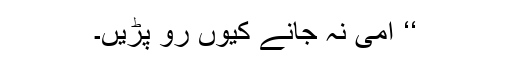
‘‘ امی نہ جانے کیوں رو پڑیں۔